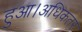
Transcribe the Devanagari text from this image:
हुआ।अधिकतर